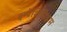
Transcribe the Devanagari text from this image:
इम्प्रेशिनिझम